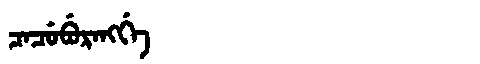
Manchu: ᠴᠠᠴᡠᠪᡠᡵᠠᠩᡤᡝ
Romanization: CACUBURANGGE